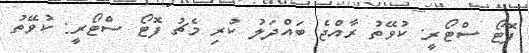
ފޮޓޯ ސްޓޯރީ: ކުވޭތު ރާއްޖެ ބައްދަލު ކުރި މެޗު ފޮޓޯ ސްޓޯރީ: ކުވޭތު